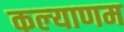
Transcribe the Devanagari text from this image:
कल्‍याणम